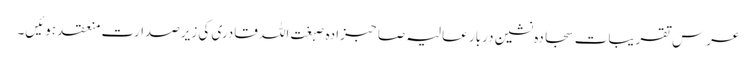
عرس تقریبات سجادہ نشین دربار عالیہ صاحبزادہ صبغت اللہ قادری کی زیرصدارت منعقد ہوئیں۔